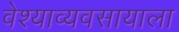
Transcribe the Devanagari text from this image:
वेश्याव्यवसायाला